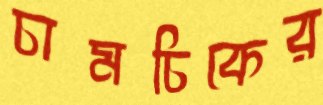
চামচিকের